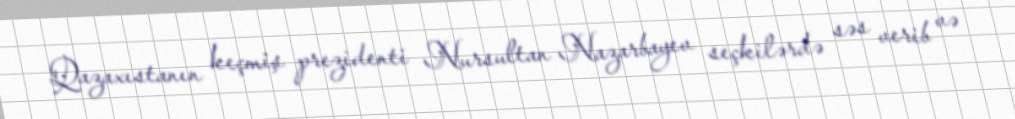
Qazaxıstanın keçmiş prezidenti Nursultan Nazarbayev seçkilərdə səs verib və